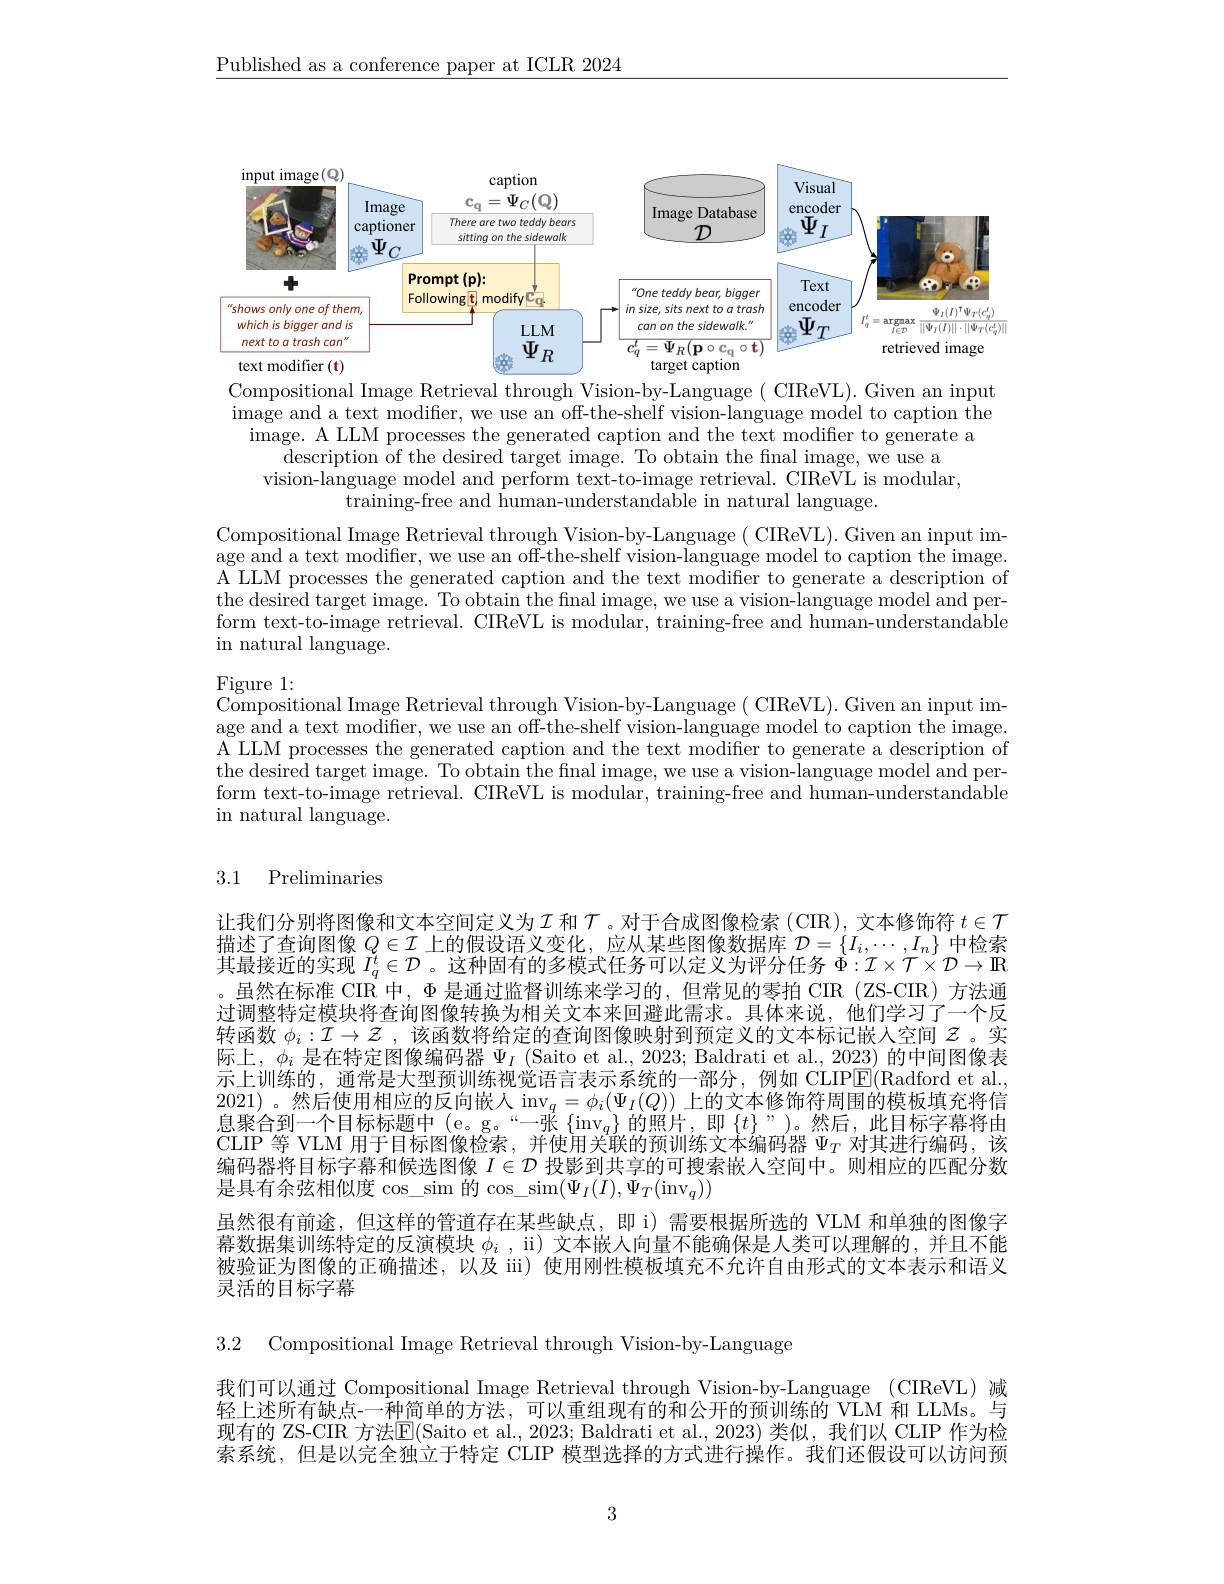
$\underline{\text{Published as a conference paper at ICLR 2024}}$

<FigureHere>
Compositional Image Retrieval through Vision-by-Language ( CIReVL). Given an input

image and a text modifier, we use an off-the-shelf vision-language model to caption the image. A LLM processes the generated caption and the text modifier to generate a
description of the desired target image. To obtain the fnal image, we use a vision-language model and perform text-to-image retrieval. CIReVL is modular,
$\bar{\text{training-free and human-understandable in natural language.}}$

Compositional Image Retrieval through Vision-by-Language( CIReVL). Given an input image and a text modifer, we use an off-the-shelf vision-language model to caption the image. A LLM processes the generated caption and the text modifier to generate a description of the desired target image. To obtain the final image, we use a vision-language model and perform text-to-image retrieval. CIReVL is modular, training-free and human-understandable in natural language.

Figure 1:
$\overset{.}{\operatorname*{\text{Compositional Image Retrieval through Vision-by-Language( CIReVL).Given an input im-}}}$ age and a text modifier, we use an off-the-shelf vision-language model to caption the image. A LLM processes the generated caption and the text modifier to generate a description of the desired target image. To obtain the final image, we use a vision-language model and perform text-to-image retrieval. CIReVL is modular, training-free and human-understandable in natural language.

# 3.1 Preliminaries

让我们分别将图像和文本空间定义为$\mathcal{I}$和$\mathcal{T}$ 。对于合成图像检索 (CIR), 文本修饰符$t\in\mathcal{T}$ 描述了查询图像$Q\in\mathcal{I}$上的假设语义变化，应从某些图像数据库$\mathcal{D}=\{I_i,\cdots,I_n\}$中检索井目地下的空响$t\in\mathcal{T}$之种田子的名世十任名可以它以为证入行名$\tau_n\in\mathcal{T}_n$ 其最接近的实现$I_q^t\in\mathcal{D}$ 。这种固有的多模式任务可以定义为评分任务$\Phi:I\times T\times D\to\mathbb{R}$ 。虽然在标准 CIR 中，$\Phi$是通过监督训练来学习的，但常见的零拍 CIR (ZS-CIR) 方法通过调整特定模块将查询图像转换为相关文本来回避此需求。具体来说，他们学习了一个反转函数$\phi_i:\mathcal{I}\to\mathcal{Z}$ ,该函数将给定的查询图像映射到预定义的文本标记嵌人空间$z$ 。实际上，$\phi_i$是在特定图像编码器$\Psi_I$ (Saito et al., 2023; Baldrati et al., 2023) 的中间图像表示上训练的，通常是大型预训练视觉语言表示系统的一部分，例如 CLIP$\boxed{\mathrm{E}}($Radford et al. 2021)。然后使用相应的反向嵌入$\operatorname*{inv}_q=\phi_i(\Psi_I(Q))$上的文本修饰符周围的模板填充将信息聚合到一个目标标题中(e。g。“一张$\{\operatorname*{inv}_q\}$的照片，即$\{t\}$”)。然后，此目标字幕将由CLIP 等 VLM 用于目标图像检索，并使用关联的预训练文本编码器$\Psi_T$对其进行编码，该编码器将目标字幕和候选图像$I\in\mathcal{D}$投影到共享的可搜索嵌人空间中。则相应的匹配分数是具有余弦相似度 $\cos\_\sin$ 的$\cos\_\sin(\Psi_I(I),\Psi_T(\mathrm{inv}_q))$
虽然很有前途，但这样的管道存在某些缺点，即 i) 需要根据所选的 VLM 和单独的图像字幕数据集训练特定的反演模块$\phi _i$ , ii)文本嵌人向量不能确保是人类可以理解的，并且不能被验证为图像的正确描述，以及 iii) 使用刚性模板填充不允许自由形式的文本表示和语义灵活的目标字幕

3.2 Compositional Image Retrieval through Vision-by-Language

我们可以通过 Compositional Image Retrieval through Vision-by-Language (CIReVL)减轻上述所有缺点-一种简单的方法，可以重组现有的和公开的预训练的 VLM 和 LLMs。与现有的 ZS-CIR 方法$\overline{\mathrm{E}}($Saito et al., 2023; Baldrati et al., 2023)类似，我们以 CLIP 作为检索系统，但是以完全独立于特定 CLIP 模型选择的方式进行操作。我们还假设可以访问预

3